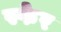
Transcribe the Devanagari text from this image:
स्फेर